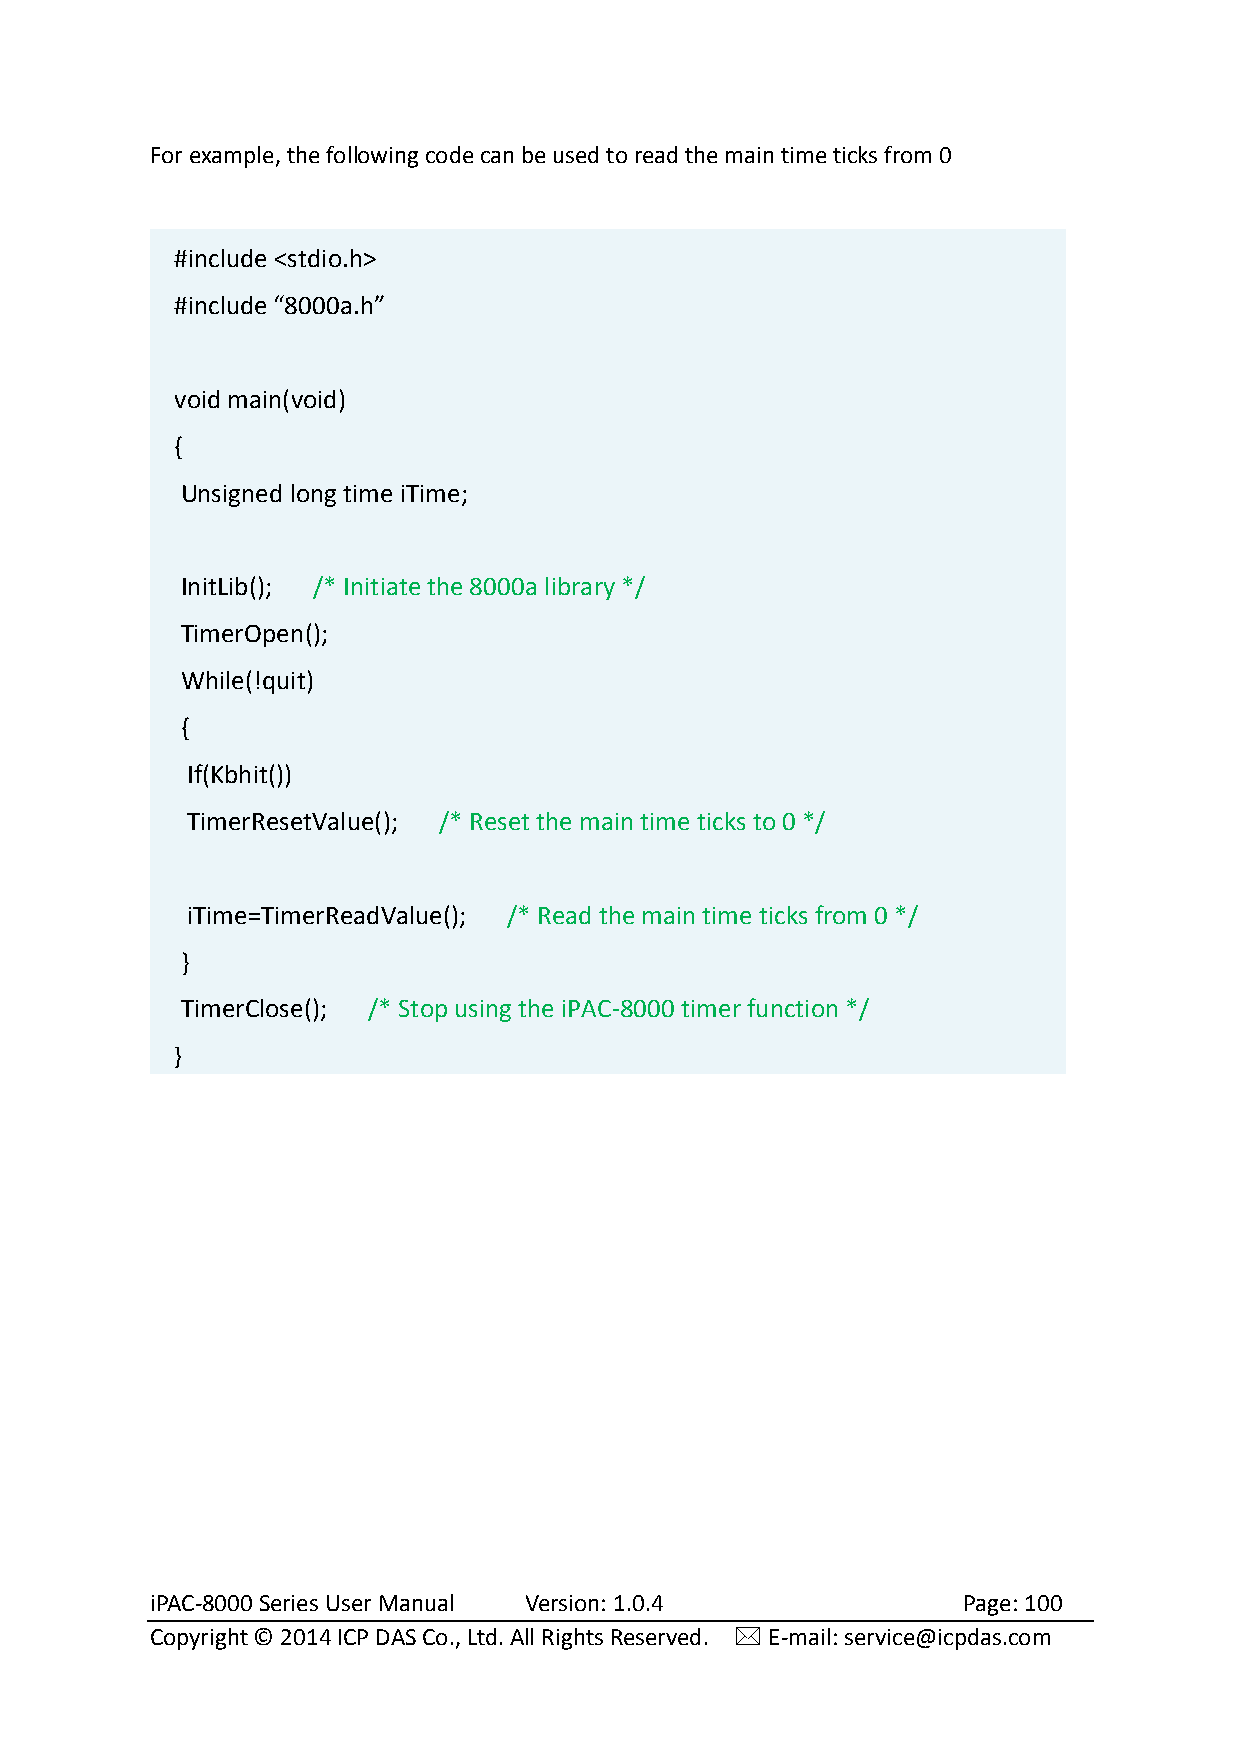
For example, the following code can be used to read the main time ticks from 0
 #include <stdio.h>
 #include “8000a.h”
 void main(void)
 {
 Unsigned long time iTime;
 InitLib(); /* Initiate the 8000a library */
 TimerOpen();
 While(!quit)
 {
 If(Kbhit())
 TimerResetValue(); /* Reset the main time ticks to 0 */
 iTime=TimerReadValue(); /* Read the main time ticks from 0 */
 }
 TimerClose(); /* Stop using the iPAC-8000 timer function */
 }
 iPAC-8000 Series User Manual Version: 1.0.4           Page: 100
 Copyright © 2014 ICP DAS Co., Ltd. All Rights Reserved.  E-mail: service@icpdas.com